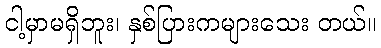
ငါ့မှာမရှိဘူး၊ နှစ်ပြားကများသေး တယ်။